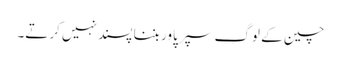
چین کے لوگ سپر پاور بننا پسند نہیں کرتے۔